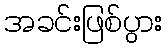
အခင်းဖြစ်ပွား